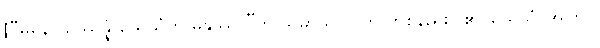
[“မနော ဥဿန္နံ ယေသံတိ မနုဿာ”ဟု သမာသ်ဝိဂြိုဟ် တစ်နည်းပြု၏၊ ယေသံ-အကြင်